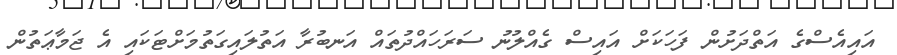
އައިއެސްގެ އަތްދަށުން ފަހަކަށް އައިސް ގެއްލުނު ސަރަހައްދުތައް އަނބުރާ އަތުލައިގަތުމަށްޓަކައި އެ ޖަމާޢަތުން